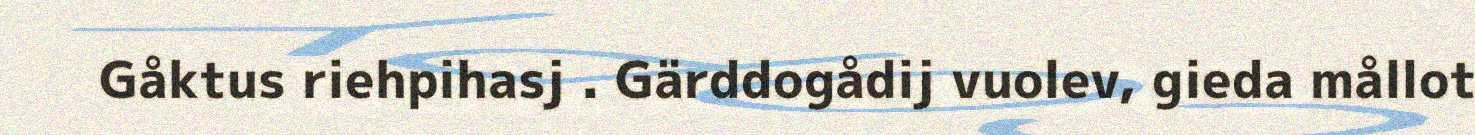
Gåktus riehpihasj . Gärddogådij vuolev, gieda mållot